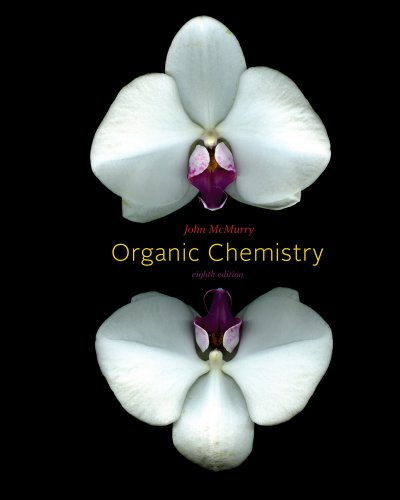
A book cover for Study Guide with Student Solutions Manual for McMurry's Organic Chemistry, 8th; John E. McMurry; Science & Math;